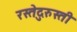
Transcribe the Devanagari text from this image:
रस्तेदुरुस्ती